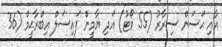
އާއި ޙަސަން ސިރާރު (55 ވޯޓު) އަދި ޔާމީން ފައިސަލް އިބްރާޙީމް (36